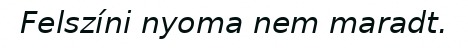
Felszíni nyoma nem maradt.